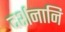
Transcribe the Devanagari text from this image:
दर्शनानि